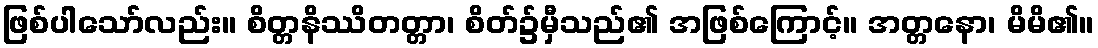
ဖြစ်ပါသော်လည်း။ စိတ္တနိဿိတတ္တာ၊ စိတ်၌မှီသည်၏ အဖြစ်ကြောင့်။ အတ္တနော၊ မိမိ၏။